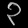
Digit: ၃